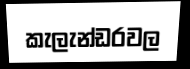
කැලැන්ඩරවල